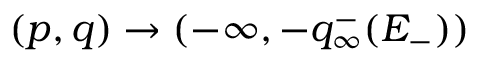
( p , q ) \to ( - \infty , - q _ { \infty } ^ { - } ( E _ { - } ) )